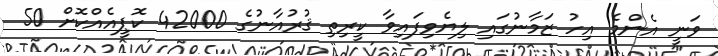
ވަނީ އެންމެ އިހު ޒަމާނުގައި ލިޔެވިފައިވާ ކީރިތި ޤުރުއާނުގެ 42000 ކޮޕީއެއްކޮށް 50